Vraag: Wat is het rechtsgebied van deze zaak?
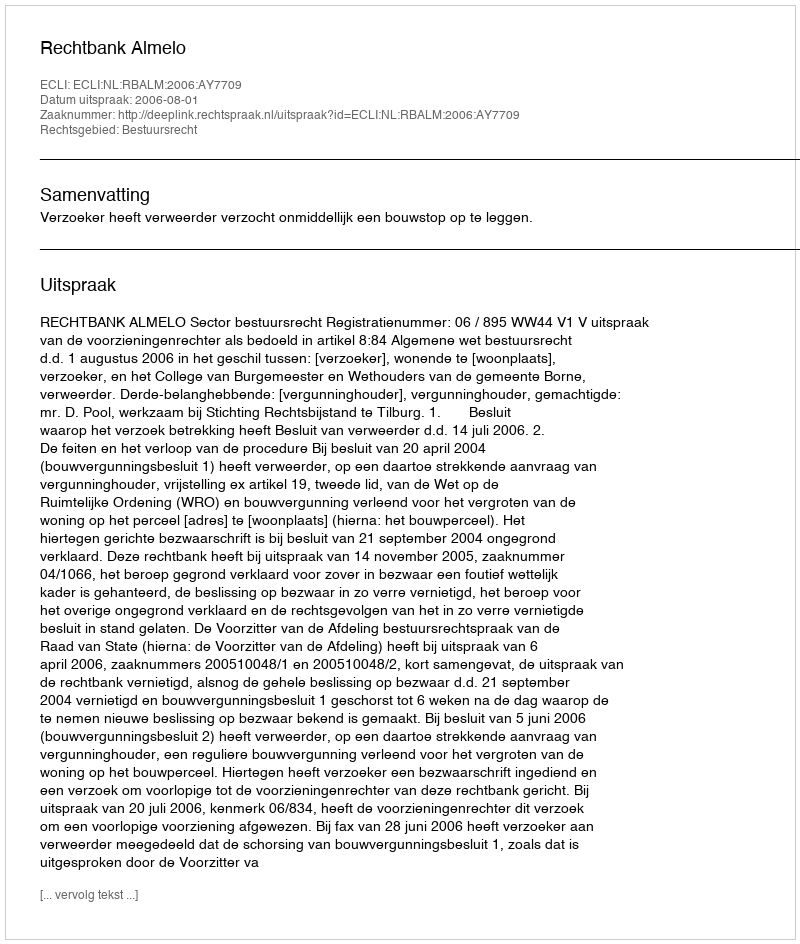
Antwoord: Bestuursrecht